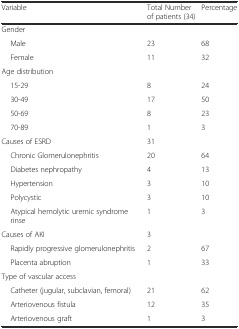
| <COLSPAN=2> Variable | Total Number of patients (34) | Percentage |
 | --- | --- | --- | --- |
 | <COLSPAN=2> Gender |  |  |
 |  | Male | 23 | 68 |
 |  | Female | 11 | 32 |
 | <COLSPAN=2> Age distribution |  |  |
 |  | 15-29 | 8 | 24 |
 |  | 30-49 | 17 | 50 |
 |  | 50-69 | 8 | 23 |
 |  | 70-89 | 1 | 3 |
 | <COLSPAN=2> Causes of ESRD | 31 |  |
 |  | Chronic Glomerulonephritis | 20 | 64 |
 |  | Diabetes nephropathy | 4 | 13 |
 |  | Hypertension | 3 | 10 |
 |  | Polycystic | 3 | 10 |
 |  | Atypical hemolytic uremic syndrome rinse | 1 | 3 |
 | <COLSPAN=2> Causes of AKI | 3 |  |
 |  | Rapidly progressive glomerulonephritis | 2 | 67 |
 |  | Placenta abruption | 1 | 33 |
 | <COLSPAN=2> Type of vascular access |  |  |
 |  | Catheter (jugular, subclavian, femoral) | 21 | 62 |
 |  | Arteriovenous fistula | 12 | 35 |
 |  | Arteriovenous graft | 1 | 3 |